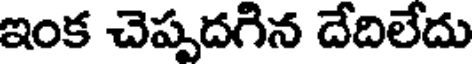
ఇంక చెప్పదగిన దేదిలేదు